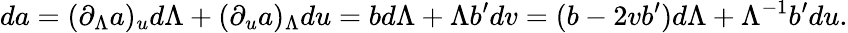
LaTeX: da=(\partial_{\Lambda}a)_{u}d\Lambda+(\partial_{u}a)_{\Lambda}du=bd\Lambda+\Lambda b^{\prime}dv=(b-2vb^{\prime})d\Lambda+\Lambda^{-1}b^{\prime}du.